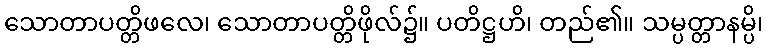
သောတာပတ္တိဖလေ၊ သောတာပတ္တိဖိုလ်၌။ ပတိဋ္ဌဟိ၊ တည်၏။ သမ္ပတ္တာနမ္ပိ၊